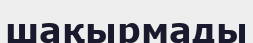
шақырмады